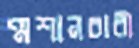
শ্মশানচারী